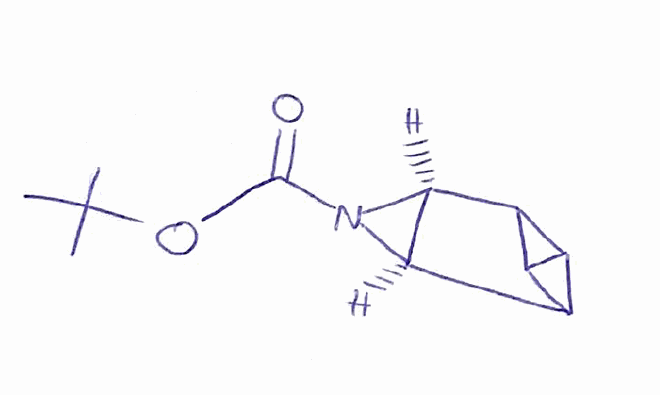
Simplified molecular-input line-entry system (SMILES) notation of the given molecule:
CC(C)(C)OC(=O)N1[C@@H]2[C@H]1C3C4C2C34